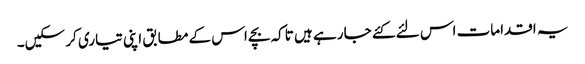
یہ اقدامات اس لئے کئے جا رہے ہیں تاکہ بچے اس کے مطابق اپنی تیاری کر سکیں۔